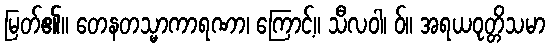
မြတ်၏။ တေနတသ္မာကာရဏာ၊ ကြောင့်။ သီလဝါ၊ ဝ်။ အရယဝုတ္တိသမာ